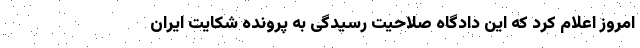
امروز اعلام کرد که این دادگاه صلاحیت رسیدگی به پرونده شکایت ایران